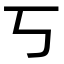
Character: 丂